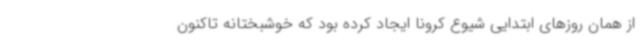
از همان روزهای ابتدایی شیوع کرونا ایجاد کرده بود که خوشبختانه تاکنون